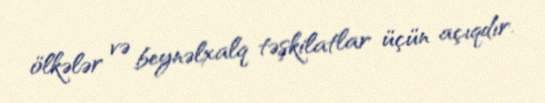
ölkələr və beynəlxalq təşkilatlar üçün açıqdır.